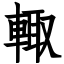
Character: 輙